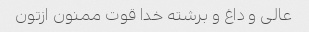
عالی و داغ و برشته خدا قوت ممنون ازتون